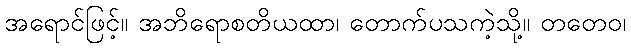
အရောင်ဖြင့်။ အဘိရောစတိယထာ၊ တောက်ပသကဲ့သို့။ တတေဝ၊